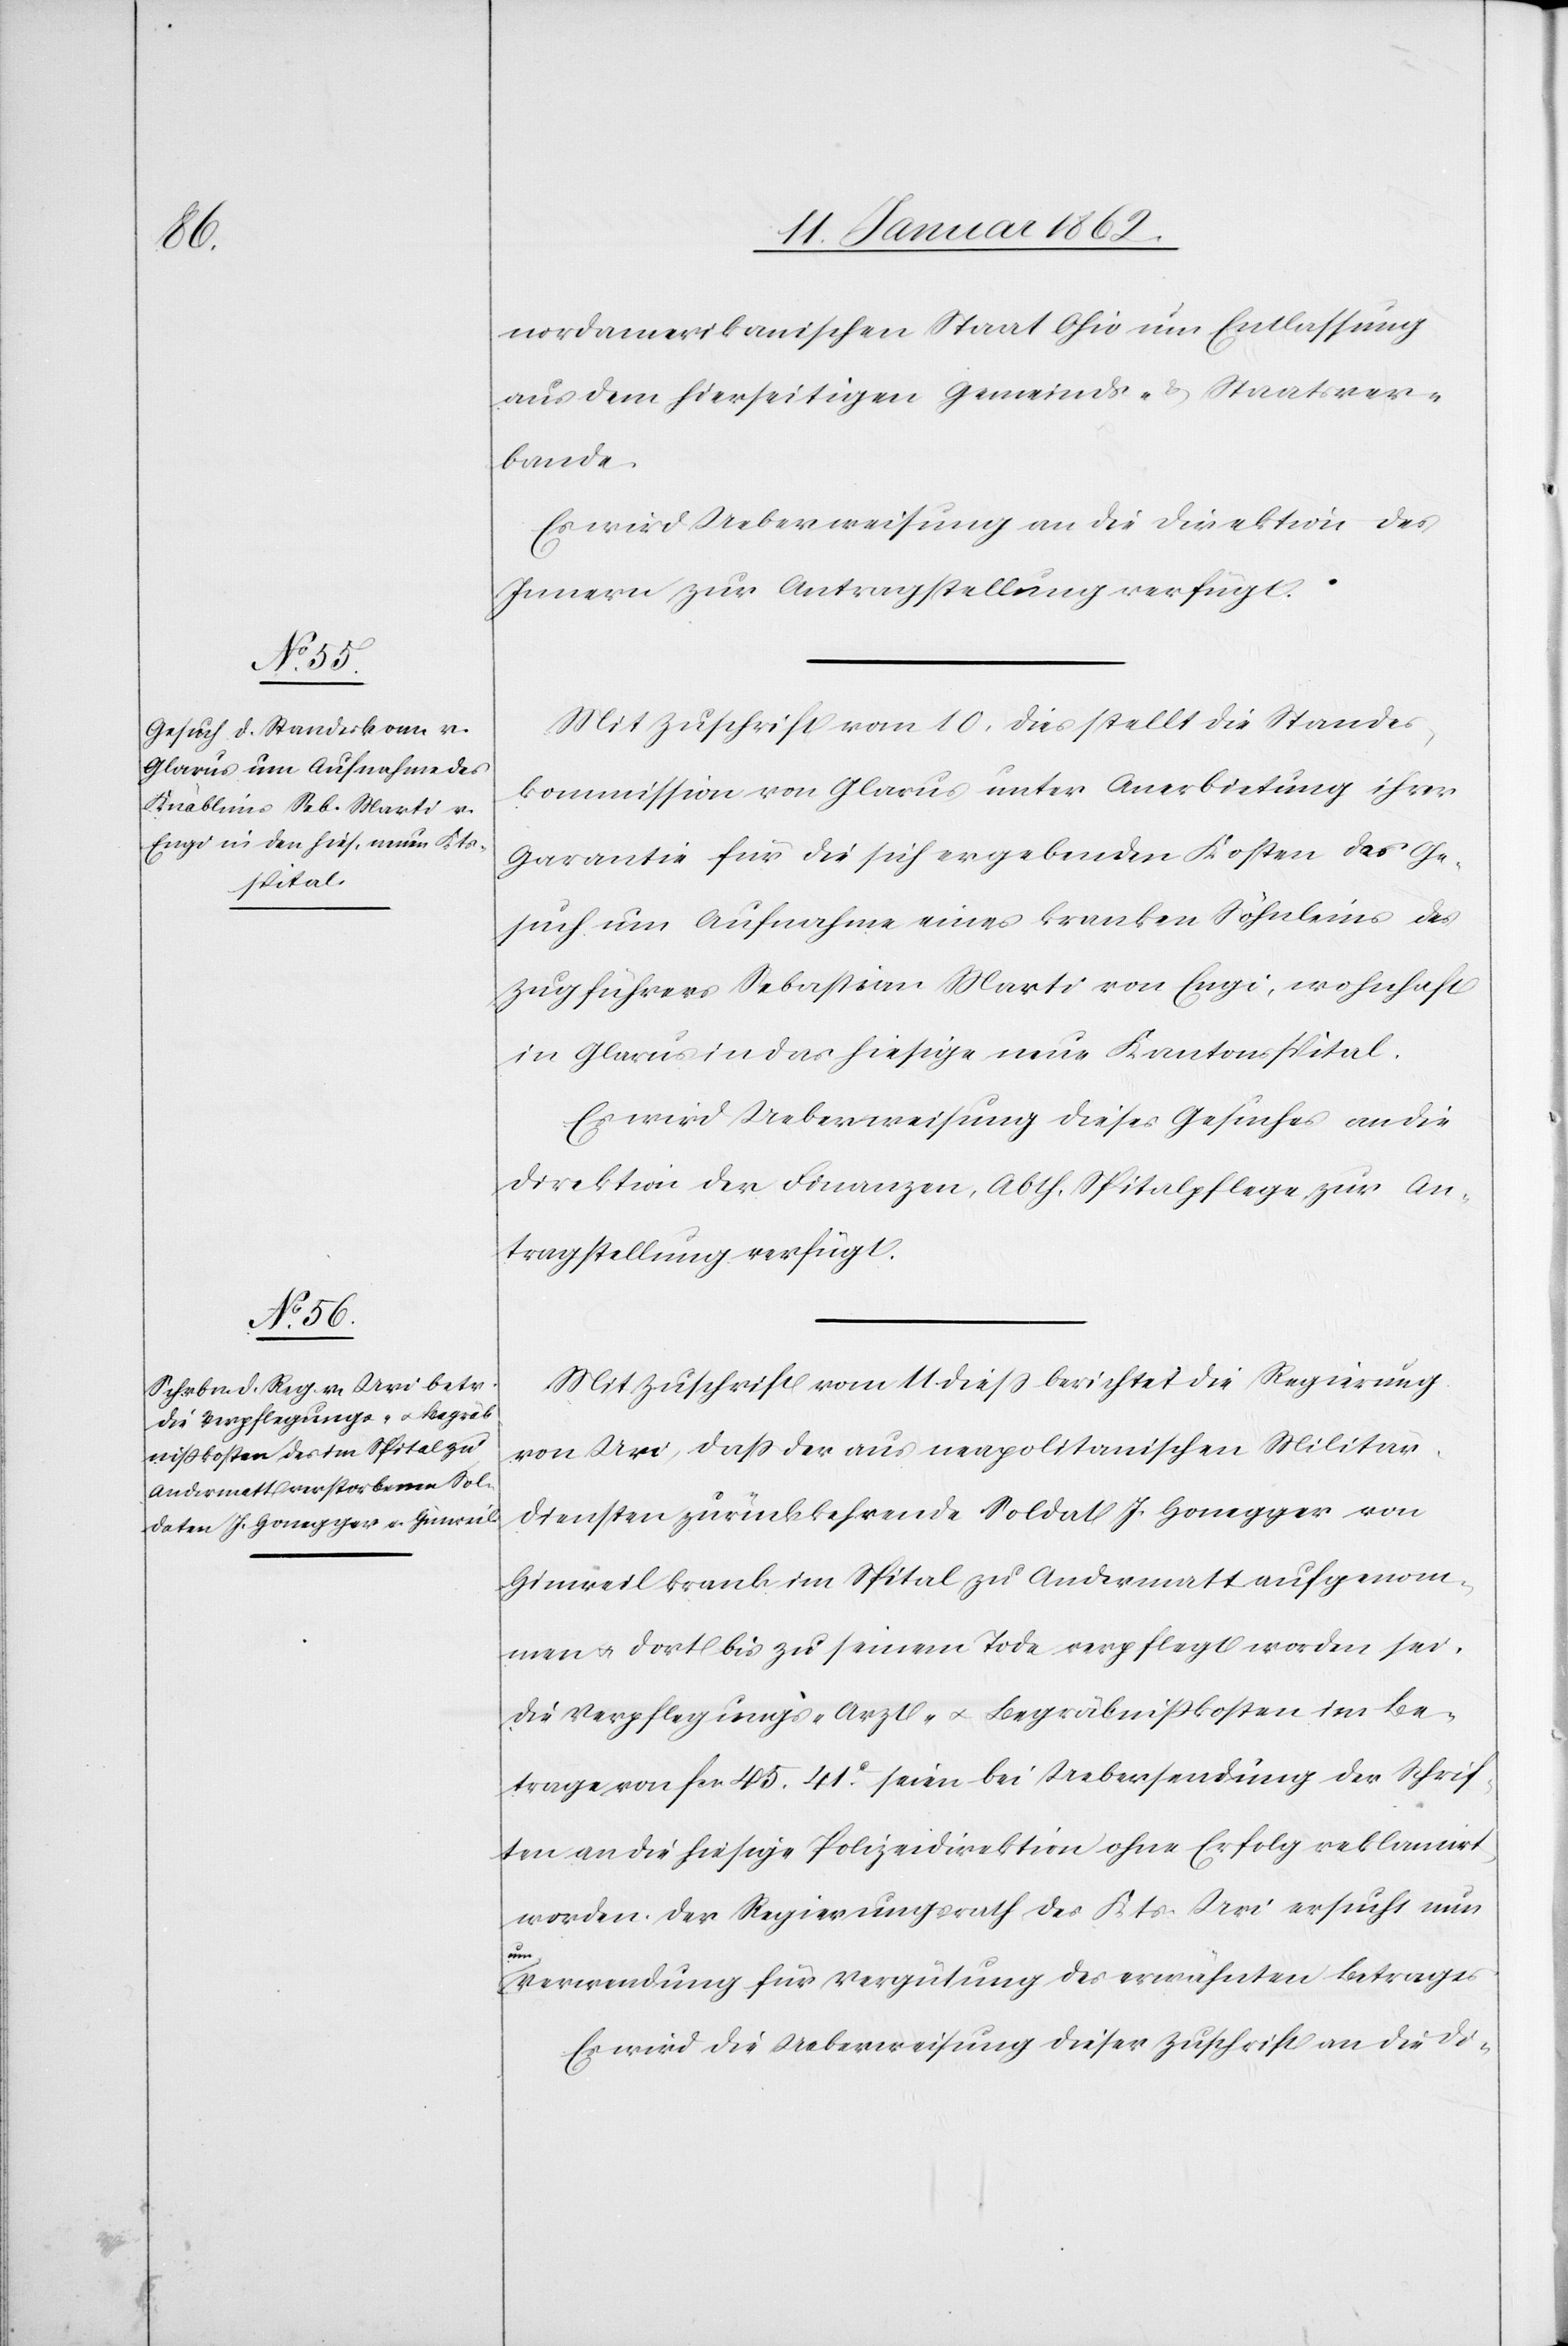
13. Januar 1862.]
nordamerikanischen Staat Ohio um Entlassung
aus dem hierseitigen Gemeinds- und Staatsver¬
bande.
Es wird Ueberweisung an die Direktion des
Innern zur Antragstellung verfügt.
Mit Zuschrift vom 10. dies stellt die Standes¬
kommission von Glarus unter Anerbietung ihrer
Garantie für die sich ergebenden Kosten das Ge¬
such um Aufnahme eines kranken Söhnleins des
Zugführers Sebastian Marti von Engi, wohnhaft
in Glarus in das hiesige neue Kantonsspital.
Es wird die Ueberweisung dieses Gesuches an die
Direktion der Finanzen, Abth. Spitalpflege, zur An¬
tragstellung verfügt.
Mit Zuschrift vom 11 dieß berichtet die Regierung
von Uri, daß der aus neapolitanischen Militär¬
diensten zurückkehrende Soldat J. Honegger von
Hinweil krank im Spital zu Andermatt aufgenom¬
men u. dort bis zu seinem Tode verpflegt worden sei.
Die Verpflegungs- Arzt- u. Begräbnißkosten im Be¬
trage von fcs. 45.41.c seien bei Uebersendung der Schrif¬
ten an die hiesige Polizeidirektion ohne Erfolg reklamirt
worden. Der Regierungsrath des Kts. Uri ersucht nun
um
Verwendung für Vergütung des erwähnten Betrags.
Es wird die Ueberweisung dieser Zuschrift an die Di-